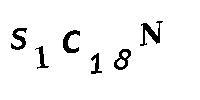
S1C18N